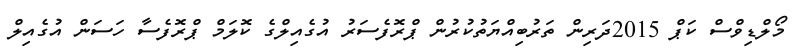
މޯލްޑިވްސް ކަޕް 2015ދަރިން ތަރުބިއްޔަތުކުރުން ޕްރޮފެސަރު އުގެއިލްގެ ކޮލަމް ޕްރޮފެސާ ހަސަން އުގެއިލް